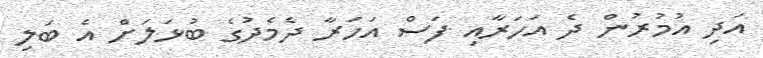
އަދި އުމުރުން ދެ އަހަރާއި ފަސް އަހަރާ ދެމެދުގެ ބުޅަލަށް އެ ބަލި